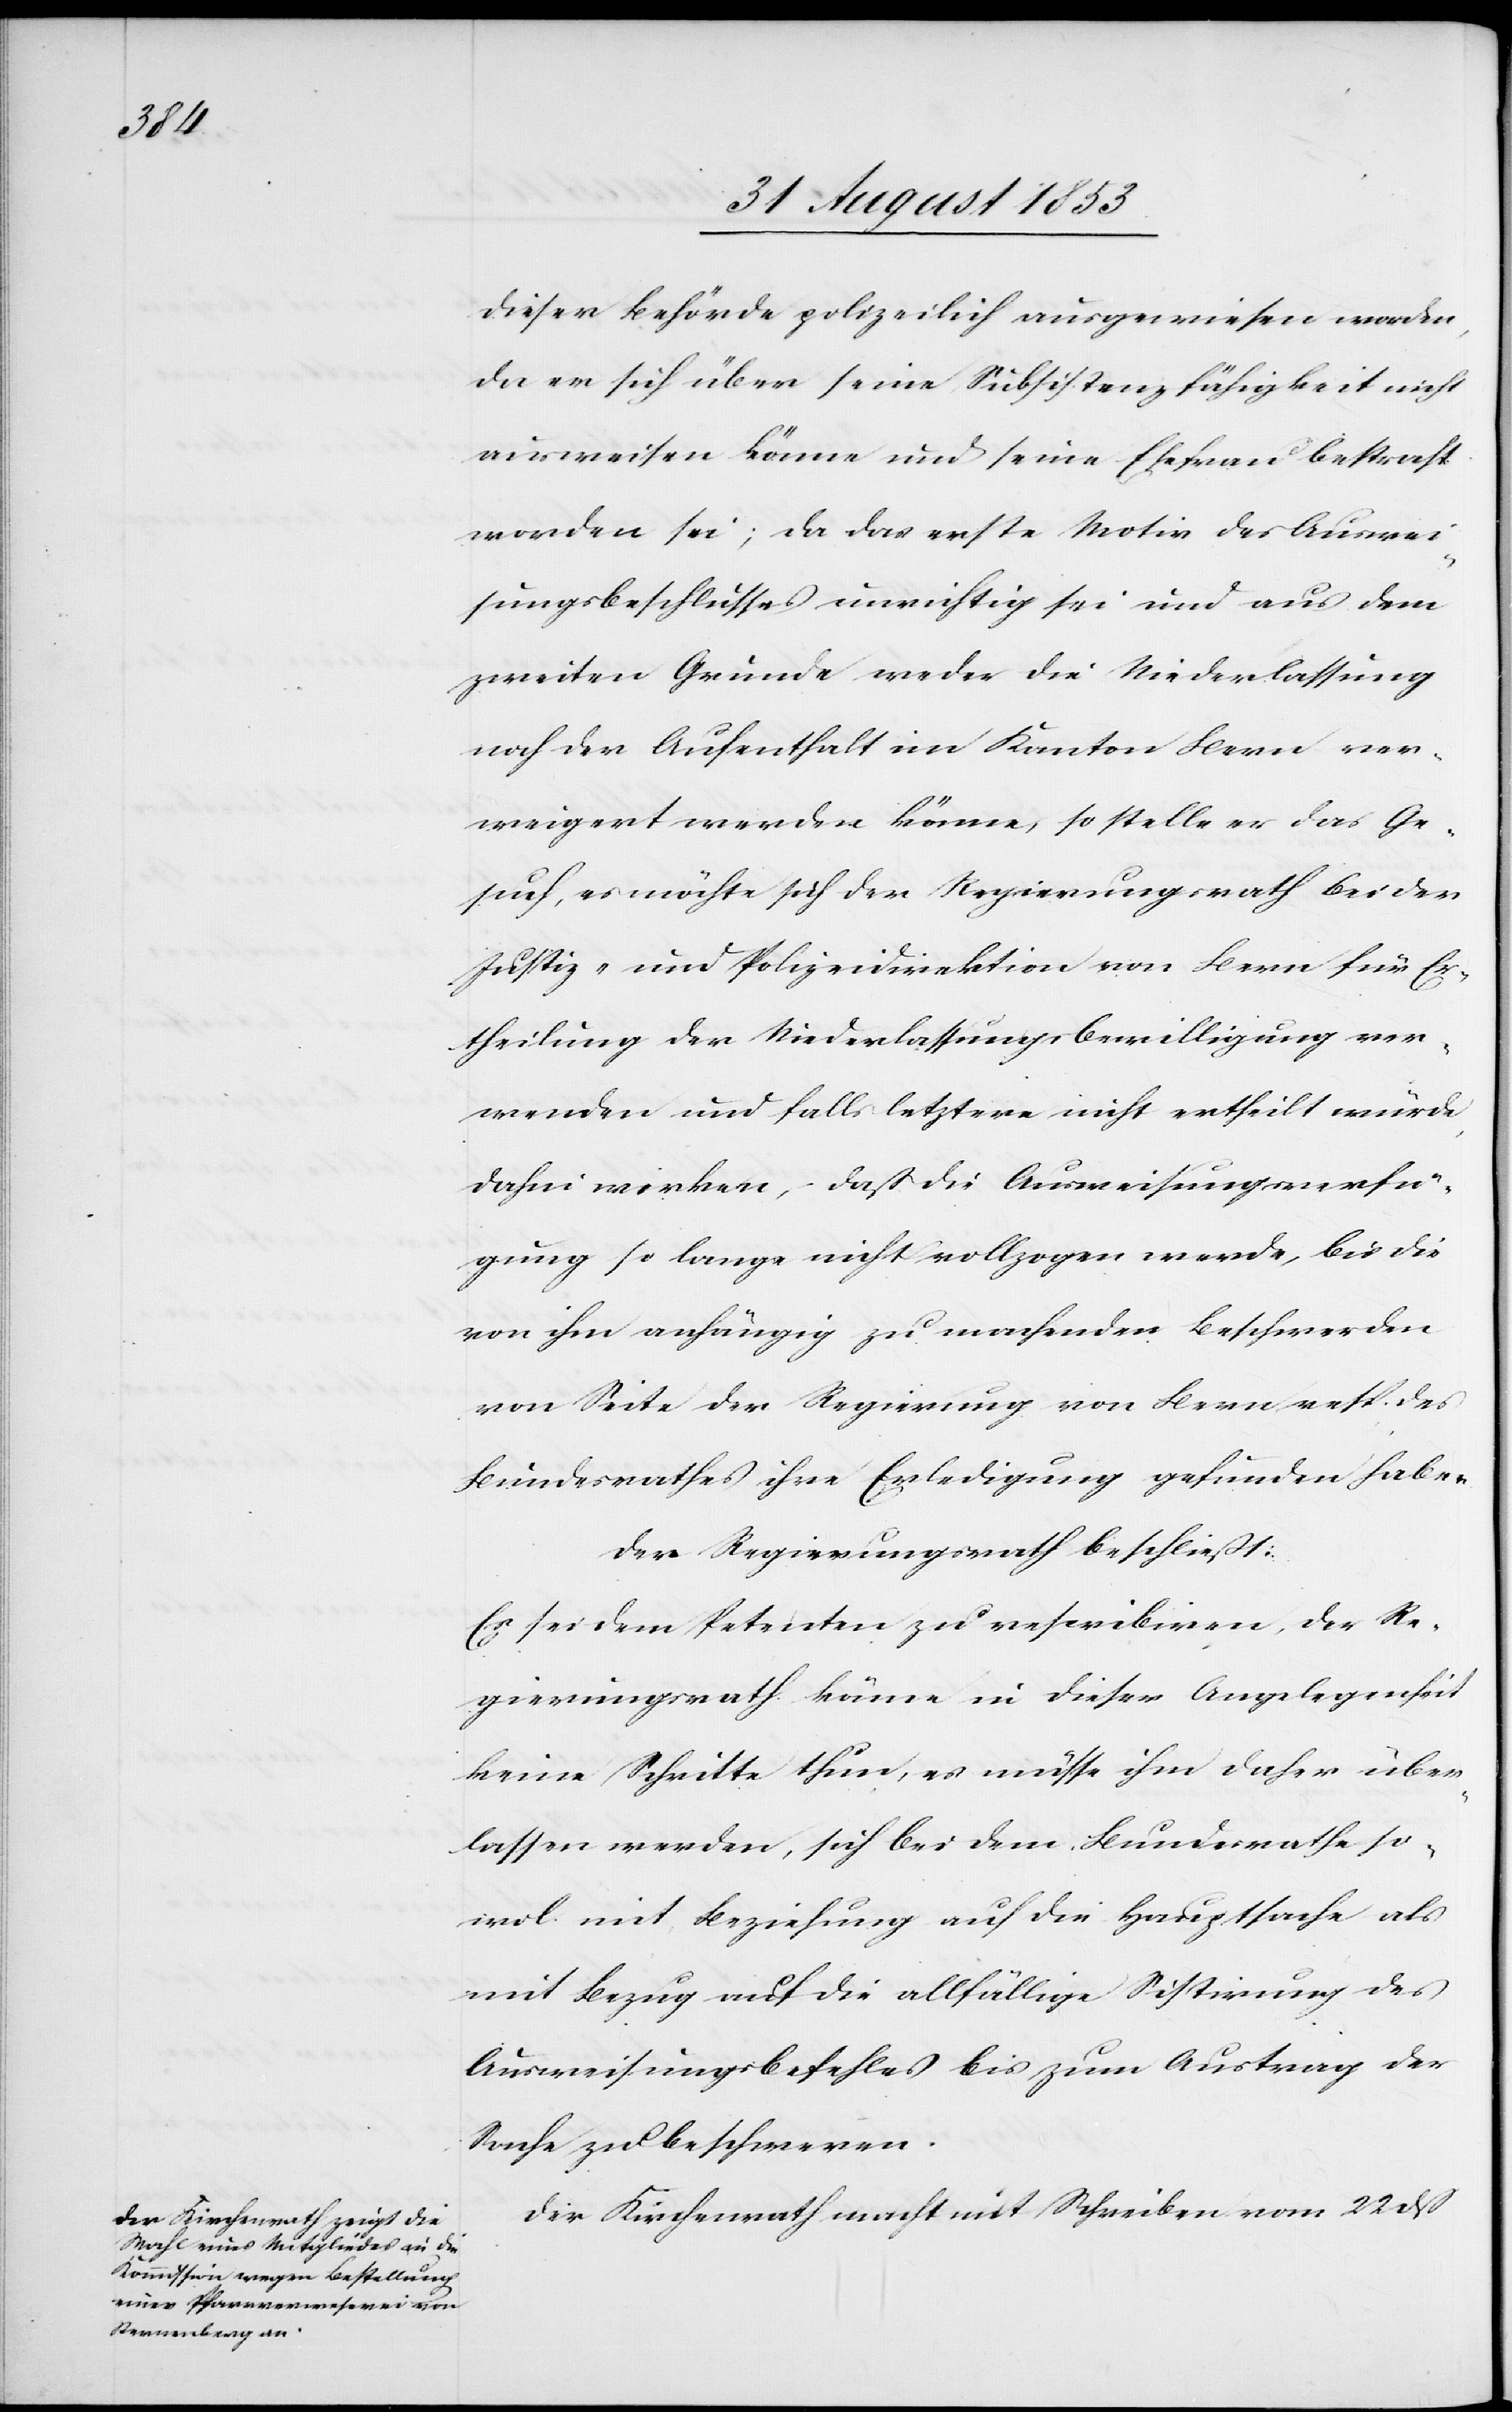
wol

dieser Behörde polizeilich ausgewiesen worden,
da er sich über seine Subsistenzfähigkeit nicht
ausweisen könne und seine Ehefrau bestraft
worden; da das erste Motiv des Auswei¬
sbeschlusses unrichtig sei und aus dem
zweiten Grunde weder die Niederlassung
noch der Aufenthalt im Kanton Bern ver¬
weigert werden könne, so stelle er das Ge¬
such, es möchte sich der Regierungsrath bei der
Justiz- und Polizeidirektion von Bern für Er¬
theilung der Niederlaßungsbewilligung ver¬
wenden und falls letztere nicht ertheilt würde
dahin wirken, daß die Ausweisverfü¬
gung so lange nicht vollzogen werde, bis die
von ihm anhängig zu machenden Beschwerden
von Seite der Regierung von Bern resp. des
Bundesrathes ihre Erledigung gefunden haben.
Der Regierungsrath beschließt:
Es sei dem Petenten zu rescribiren, der Re¬
gierungsrath könne in dieser Angelegenheit
keine Schritte thun, es müsse ihm daher über¬
lassen werden, sich bei dem Bundesrathe so¬
mit Beziehung auf die allfällige Sistirung des
Ausweisbeschlusses bis zum Austrag der
Sache zu beschweren.
Der Kirchenrath macht mit Schreiben vom 22 dß